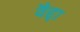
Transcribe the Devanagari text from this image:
वैद्दा